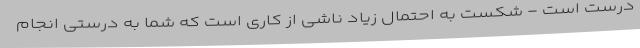
درست است - شکست به احتمال زیاد ناشی از کاری است که شما به درستی انجام